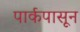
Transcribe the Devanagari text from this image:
पार्कपासून